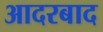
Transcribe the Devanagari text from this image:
आदरबाद